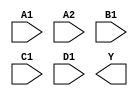
module sky130_fd_sc_lp__o2111ai (
    //# {{data|Data Signals}}
    input  A1,
    input  A2,
    input  B1,
    input  C1,
    input  D1,
    output Y
);

    // Voltage supply signals
    supply1 VPWR;
    supply0 VGND;
    supply1 VPB ;
    supply0 VNB ;

endmodule